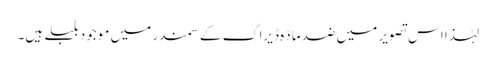
لہٰذا اس تصویر میں ضد مادّہ ڈیراک کے سمندر میں موجود بلبلے ہیں۔